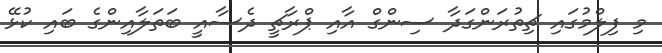
މި ފިލްމުގައި ޗިތުރަންގަދާ ސިންގް އާއި ޕްރާޗީ ދެސާއީ ބަތަލާއިންގެ ބައި ކުޅޭ